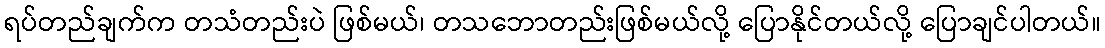
ရပ်တည်ချက်က တသံတည်းပဲ ဖြစ်မယ်၊ တသဘောတည်းဖြစ်မယ်လို့ ပြောနိုင်တယ်လို့ ပြောချင်ပါတယ်။